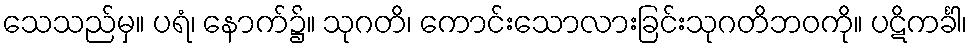
သေသည်မှ။ ပရံ၊ နောက်၌။ သုဂတိ၊ ကောင်းသောလားခြင်းသုဂတိဘဝကို။ ပဋိကင်္ခါ၊